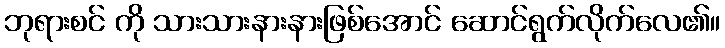
ဘုရားစင် ကို သားသားနားနားဖြစ်အောင် ဆောင်ရွက်လိုက်လေ၏။